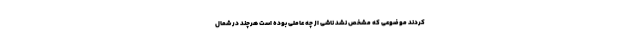
کردند موضوعی که مشخص نشد ناشی از چه عاملی بوده است هرچند در شمال